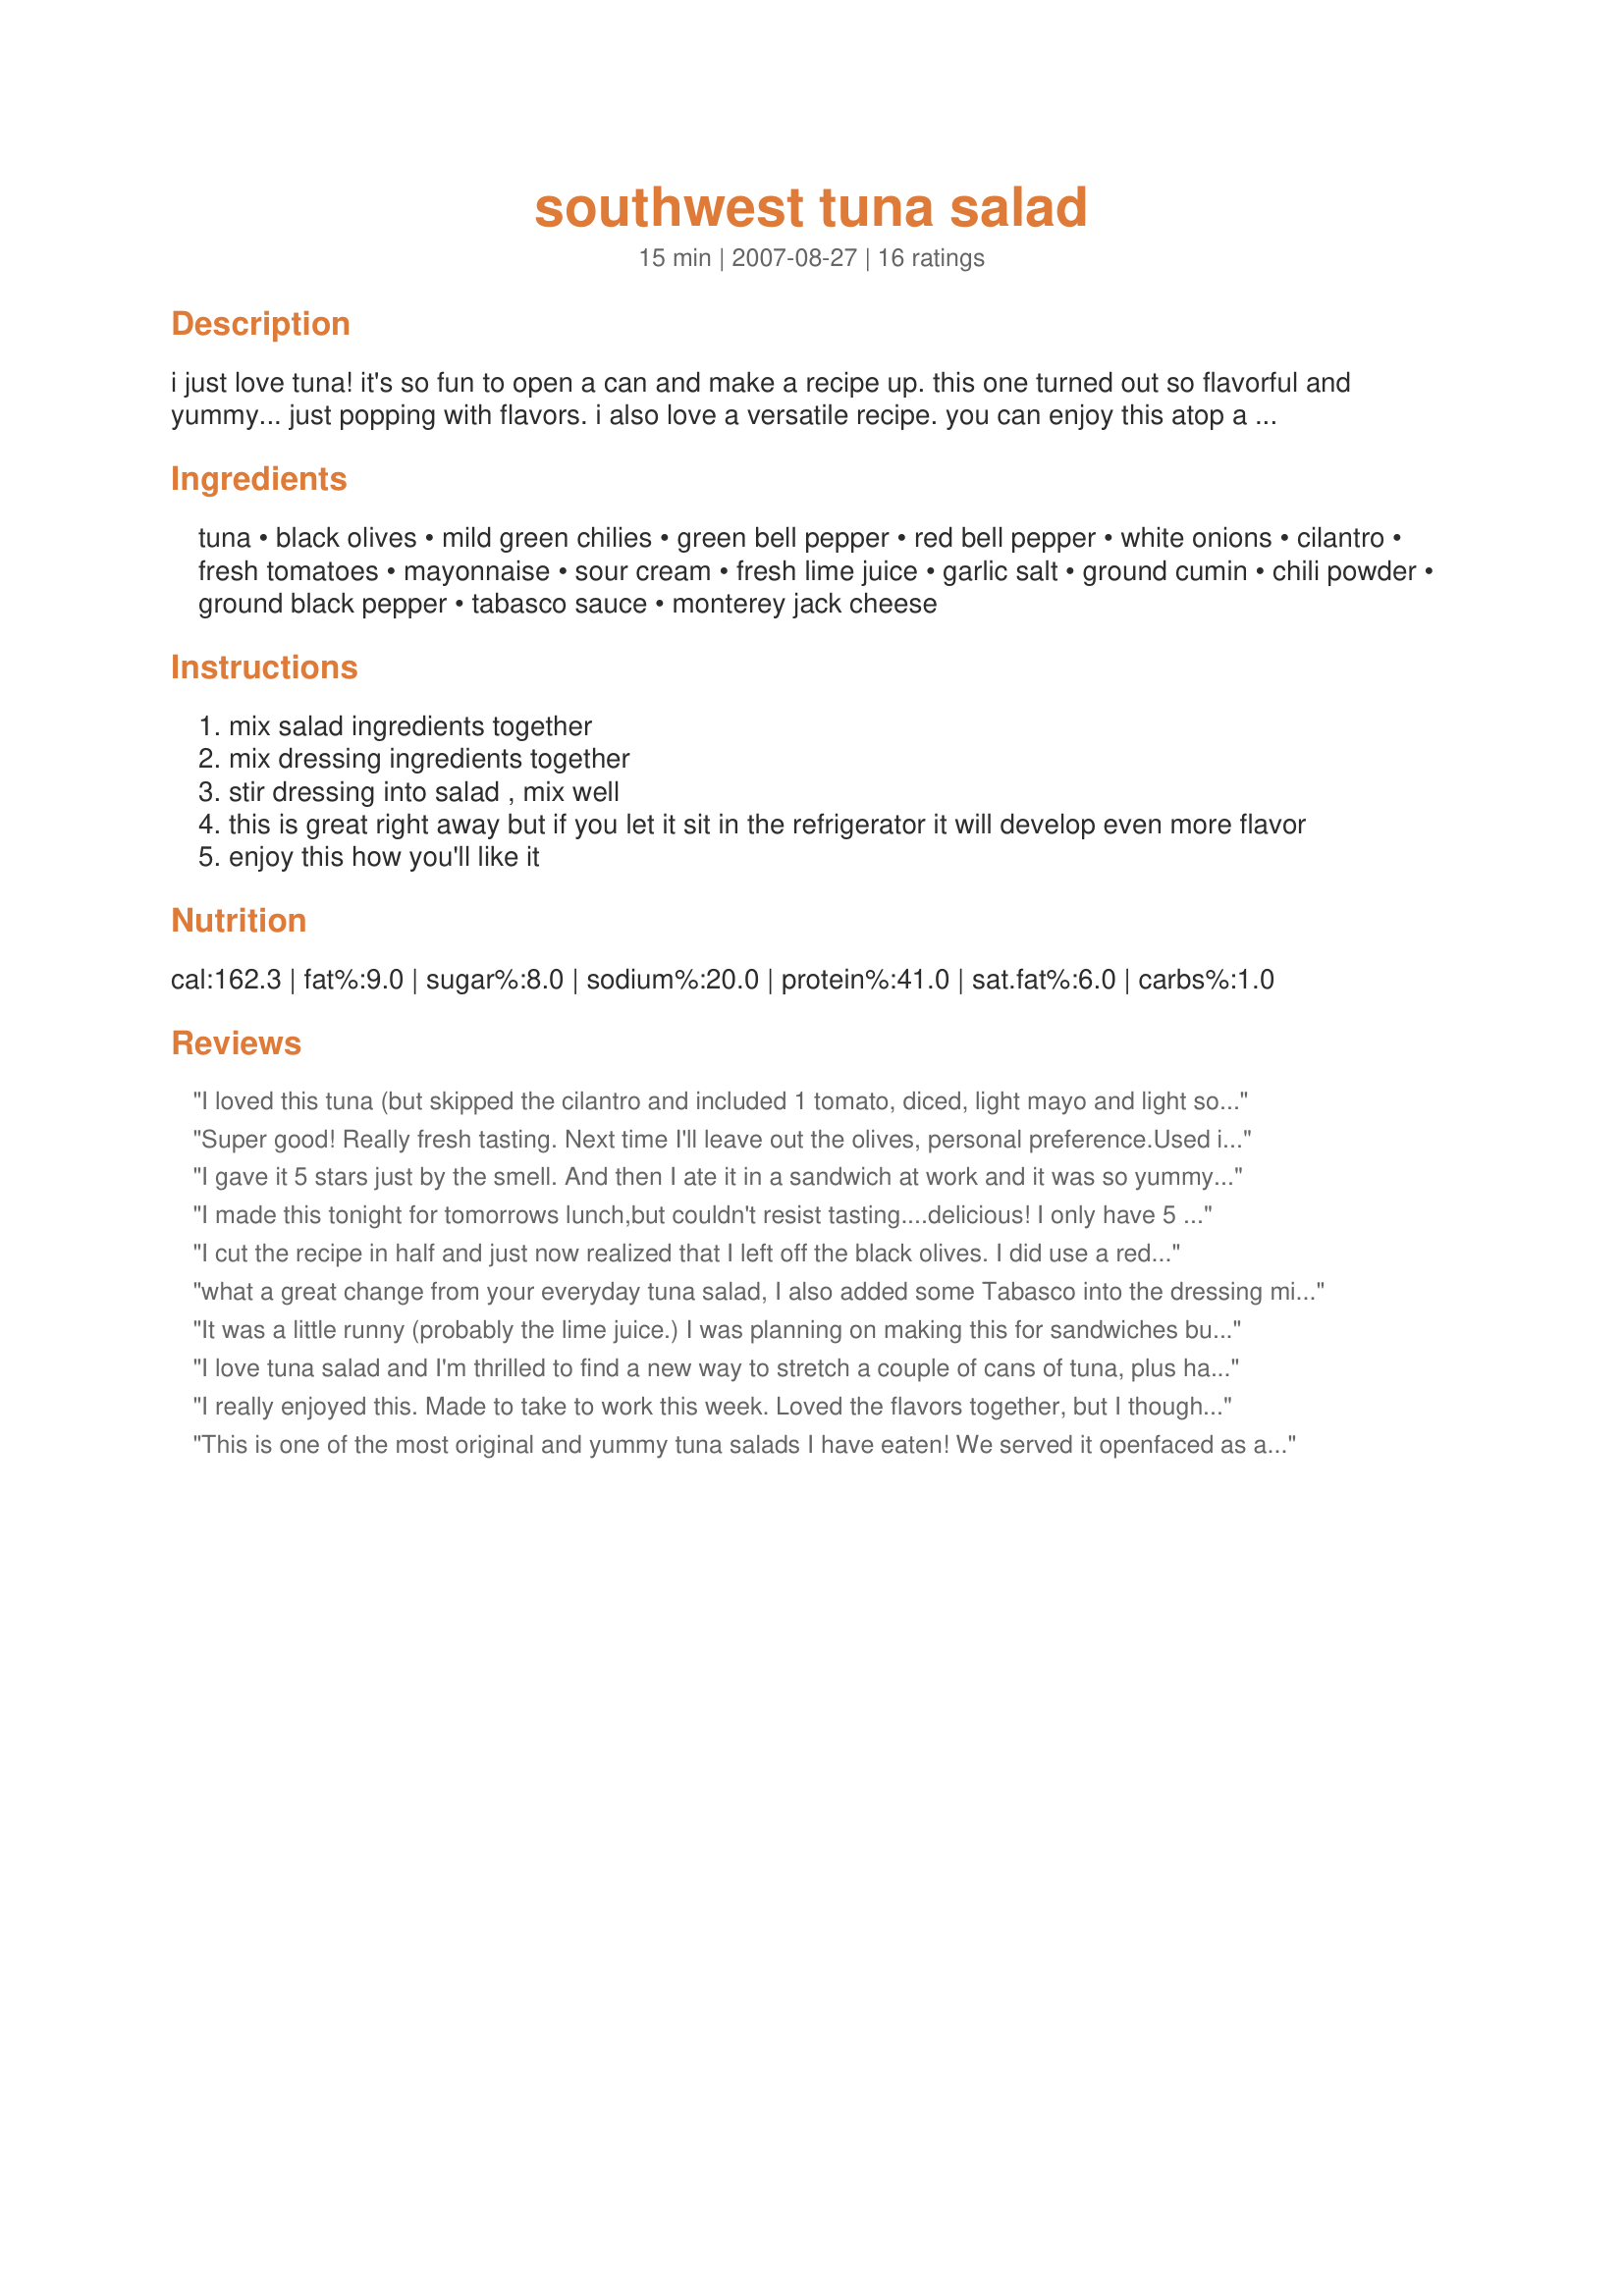
southwest tuna salad
Preparation time: 15 minutes

i just love tuna! it's so fun to open a can and make a recipe up. this one turned out so flavorful and yummy... just popping with flavors. i also love a versatile recipe. you can enjoy this atop a bed of lettuce, rolled in lettuce leaves, in a wrap, in a sandwich or my favorite as a melt! i spread some of this on some whole grain sourdough and sprinkled some lowfat cheddar on it...stuck it in the broiler for a few minutes and wow! the tangy sourdough went really well with it. i can also imagine this with pasta added for a cold pasta salad or as a hot tuna casserole...yum! i think i'll be making it every which way i can think of because the flavor is soooo delish! if you prefer a non-creamy salad just cut the mayo and sour cream and you might increase the lime juice and perhaps add a little bit of oil. if you want more heat add a jalapeno or two. enjoy yourself and make it how you'll like it.

Ingredients:
tuna, black olives, mild green chilies, green bell pepper, red bell pepper, white onions, cilantro, fresh tomatoes, mayonnaise, sour cream, fresh lime juice, garlic salt, ground cumin, chili powder, ground black pepper, tabasco sauce, monterey jack cheese

Steps:
mix salad ingredients together
mix dressing ingredients together
stir dressing into salad , mix well
this is great right away but if you let it sit in the refrigerator it will develop even more flavor
enjoy this how you'll like it

Reviews:
I loved this tuna (but skipped the cilantro and included 1 tomato, diced, light mayo and light sour cream) on whole wheat toast without any additional mayo. I think this will also be perfect just with crackers for a work lunch - can't wait! This is also a great low cal alternative to regular mayo ladden tuna - WW points only 4 (using the light mayo and sour cream and not counting the crackers or bread). Next time I'll try it with the cheese! Thanks for sharing this keeper!
Super good! Really fresh tasting. Next time I'll leave out the olives, personal preference.Used it as a sandwich filling on a sandwich thin with sprouts and the next day I used it as a dip with tortilla chips. Delicious both ways. Thanks for posting.
I gave it 5 stars just by the smell. And then I ate it in a sandwich at work and it was so yummy. But it was hot. I needed a glass of water lol I used picked jalapeno in a jar. But less than the quantity needed. I used red onion, green bell pepper, and celery (I didn't have red pepper). I used kalamata olives. For the dressing, I didn't use garlic salt cause I didn't find it. I used regular salt. So delicious, will do it again soon. Thanks Engrossed :)
I made this tonight for tomorrows lunch,but couldn't resist tasting....delicious! I only have 5 oz cans of tuna here, and halved the recipe. I used 0 Fat Greek yogurt instead of the sour cream, and no fat mayo for the mayo. This is absolutely wonderful!!!! Thanks for sharing.....running off now to add some diced fresh jalapenos....think that will just put this recipe over the top! Thanks for sharing!
I cut the recipe in half and just now realized that I left off the black olives. I did use a red jalapeno in place of the green chili and red pepper. I really enjoyed the dressing as it is nice and light and allows the flavors to come through. In place of the sour cream, I did use plain yogurt. I cored a couple of fresh garden tomatoes and stuffed them with the tuna.
what a great change from your everyday tuna salad, I also added some Tabasco into the dressing mixture, used fresh garlic in place of garlic salt, next time I will double the recipe this was gone in flash, I am also going to try this as a pasta salad, great recipe Engrossed thanks for sharing hon!
It was a little runny (probably the lime juice.) I was planning on making this for sandwiches but as I was putting the fixings away I spotted some leftover pasta from the day before and ended up turning it into a pasta salad. Either way its good.
I love tuna salad and I'm thrilled to find a new way to stretch a couple of cans of tuna, plus have a wonderful Southwester flair to the flavor. Actually used 3 small cans of tuna, and I cut back on the lime juice. I made this for the "Southwestern - Tex-Mex" challenge. Thanks!
I really enjoyed this. Made to take to work this week. Loved the flavors together, but I thought the black olives slightly overpowered the others. I'll cut back on them next time. Really liked the dressing. Thanks Engrossed. Made for SSC Pet Parade
This is one of the most original and yummy tuna salads I have eaten! We served it openfaced as a tuna melt on Sourdough bread. This would make a wonderful Low Carb lunch by itself. A keeper for sure! Thanks for sharing a great recipe!
What a unique tuna salad recipe! I did not use the optional mayo/sour cream because it tasted awfully good without it! The lime and chili powder are a surprising addition. I served mine in a whole wheat pita and my DH ate his on toasted wheat. Great summer dinner!
Yummy recipe full of veggies! I halved the tuna but used the full amount of veggies. Loved this all by itself. I did add just a touch of relish. Thanks! Made for the Zaar Stars game!
Yummy lunch!! I made it for myself so halved the recipe and only used 1/3 as it makes a bunch. I used a whole can of green chilies though. I used Texas Pete in place of Tobasco. I spread this on a whole wheat tortilla and added lettuce and tomato. Tomorrow I'm going to use the rest to make a melt with low fat cheese, too. Thanks, Engrossed, for my yummy lunch!
Lovely! DH won't eat black olives, so alas, made without them. We're in the RV and I had no garlic (can you belive that??, this is SAD!) Delish... served with a green salad. No wonder this is a zaar star. Oh.. wait, guess it's a FoodStar!!
This was the best tuna that I have ever tasted hands down! It definitely hit the spot and every taste bud imaginable! I ate it for a week straight but of course I made a few batches to keep me going...thanks all the way from Japan!
The best tuna salad my hubby says he has ver had. I omitted the sourcream and used fat free miracle whip. I think next time I may just add a little more lime juice and omitted the miracle whip all together (just for a more heart healthy choice). I used this as the filling for a simple sandwich on homemade multigrain bread. It was soooooo good. I could even eat it as a stand alone dish or on a bed of lettuce. This is a homerun recipe and is now our tuna salad of choice. It does not get any better than this.
